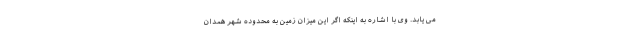
می یابد. وی با اشاره به اینکه اگر این میزان زمین به محدوده شهر همدان